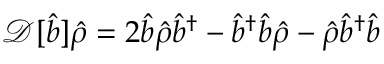
\mathcal { D } [ \hat { b } ] \hat { \rho } = 2 \hat { b } \hat { \rho } \hat { b } ^ { \dagger } - \hat { b } ^ { \dagger } \hat { b } \hat { \rho } - \hat { \rho } \hat { b } ^ { \dagger } \hat { b }